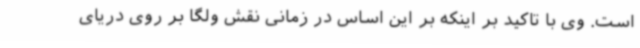
است. وی با تاکید بر اینکه بر این اساس در زمانی نقش ولگا بر روی دریای